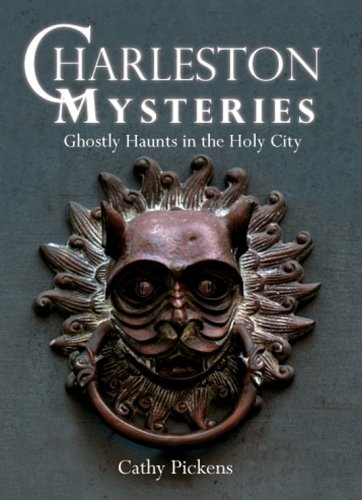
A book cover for Charleston Mysteries:: Ghostly Haunts in the Holy City (Haunted America); Cathy Pickens; Travel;